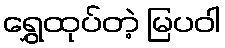
ရွှေထုပ်တဲ့ မြပဝါ